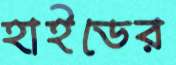
হাইডের